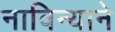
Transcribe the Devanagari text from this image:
नाविन्याने